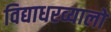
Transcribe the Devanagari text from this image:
विद्याधरव्यालों